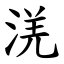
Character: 㳾